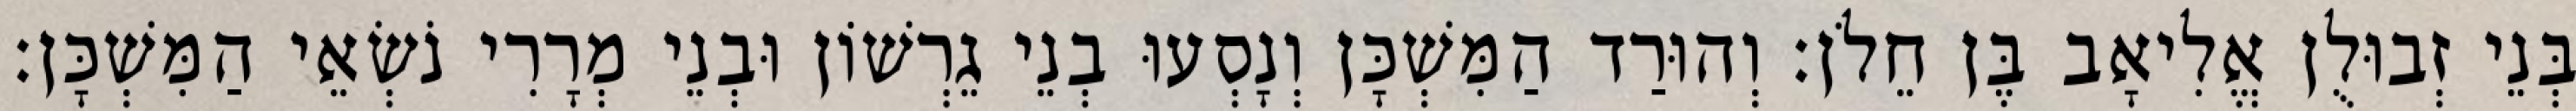
בְּנֵי זְבוּלֻן אֱלִיאָב בֶּן חֵלֹן׃ וְהוּרַד הַמִּשְׁכָּן וְנָסְעוּ בְנֵי גֵרְשׁוֹן וּבְנֵי מְרָרִי נֹשְׂאֵי הַמִּשְׁכָּן׃